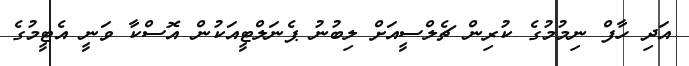
އަދި ހާފް ނިމުމުގެ ކުރިން ޗެލްސީއަށް ލިބުނު ޕެނަލްޓީއަކުން އޮސްކާ ވަނީ އެޓީމުގެ